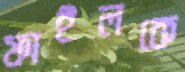
ফাইলকে